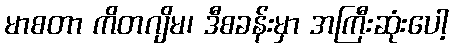
မာစတာ ကိတဂျိမ၊ ဒီစခန်းမှာ အကြီးဆုံးပေါ့